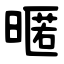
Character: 暱